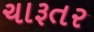
ચારૂતર